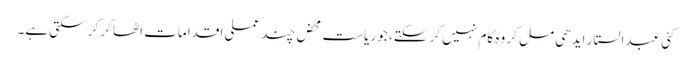
کئی عبدالستار ایدھی مل کر وہ کام نہیں کر سکتے، جو ریاست محض چند عملی اقدامات اٹھا کر کر سکتی ہے۔